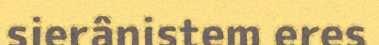
sierânistem eres